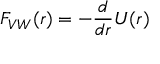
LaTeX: \ F _ { V W } ( r ) = - { \frac { d } { d r } } U ( r )